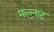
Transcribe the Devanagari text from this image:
मल्लाट